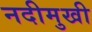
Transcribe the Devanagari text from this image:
नदीमुखी